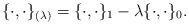
LaTeX: \begin{align*}\{\cdot,\cdot\}_{(\lambda)} = \{\cdot,\cdot\}_1-\lambda\{\cdot,\cdot\}_0.\end{align*}